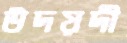
উদয়দী